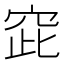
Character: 𱶸